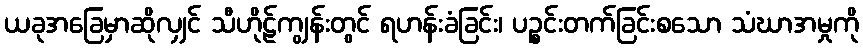
ယခုအခြေမှာဆိုလျှင် သီဟိုဠ်ကျွန်းတွင် ရဟန်းခံခြင်း၊ ပဉ္စင်းတက်ခြင်းစသော သံဃာအမှုကို